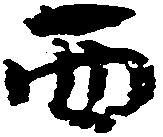
西